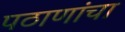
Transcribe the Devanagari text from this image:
पठाणांचा